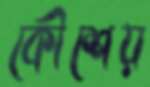
কৌশেয়